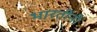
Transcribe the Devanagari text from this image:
भारतींनी